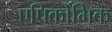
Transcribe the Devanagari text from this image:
एपिर्कोमिक